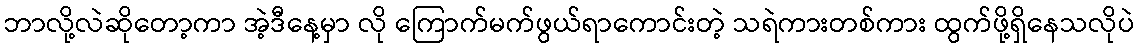
ဘာလို့လဲဆိုတော့ကာ အဲ့ဒီနေ့မှာ လို ကြောက်မက်ဖွယ်ရာကောင်းတဲ့ သရဲကားတစ်ကား ထွက်ဖို့ရှိနေသလိုပဲ